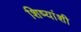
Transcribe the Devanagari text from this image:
शिष्यांशी